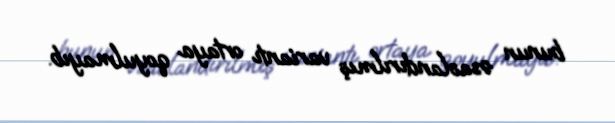
bunun əsaslandırılmış variantı ortaya qoyulmayıb.